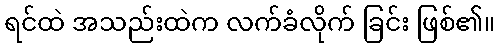
ရင်ထဲ အသည်းထဲက လက်ခံလိုက် ခြင်း ဖြစ်၏။